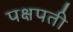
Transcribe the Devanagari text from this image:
पक्षपती